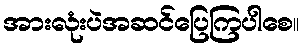
အားလုံးပဲအဆင်ပြေကြပါစေ။